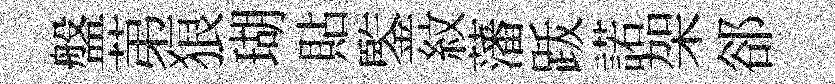
盤苐狼瑚貼鍳紋藩䟦諾架郤